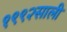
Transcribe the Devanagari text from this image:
१९९२साली